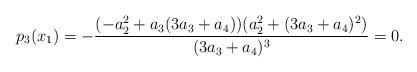
LaTeX: \begin{align*}p_3(x_1)=-\frac{(-a_2^2+a_3(3a_3+a_4))(a_2^2+(3a_3+a_4)^2)}{(3a_3+a_4)^3}=0.\end{align*}